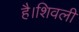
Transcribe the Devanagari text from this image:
है।शिवली